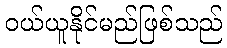
ဝယ်ယူနိုင်မည်ဖြစ်သည်